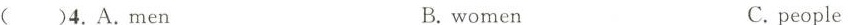
()4.A.Men B.women C.people